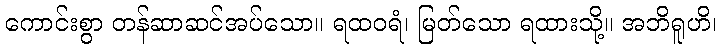
ကောင်းစွာ တန်ဆာဆင်အပ်သော။ ရထဝရံ၊ မြတ်သော ရထားသို့။ အဘိရူဟိ၊